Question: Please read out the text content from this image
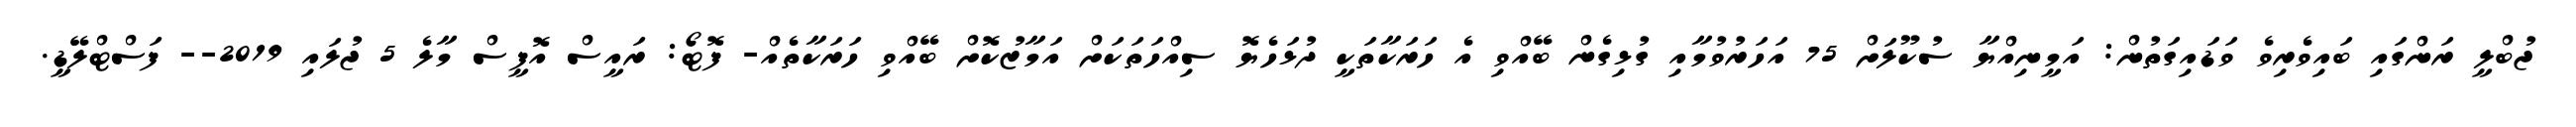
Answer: ޖުބްލީ ރަންގައި ބައިވެރިވެ ވަޑައިގަތުން: އަމީނިއްޔާ ސުކޫލަށް 75 އަހަރުވުމާއި ގުޅިގެން ބޭއްވި އެ ހަރަކާތަކީ ދުޅަހެޔޮ ސިއްހަތަކަށް އަމާޒުކޮށް ބޭއްވި ހަރަކާތެއް- ފޮޓޯ: ރައީސް އޮފީސް މާލެ 5 ޖުލައި 2019-- ފަސްޓްލޭޑީ.